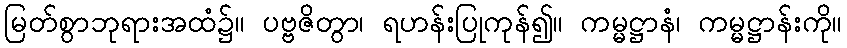
မြတ်စွာဘုရားအထံ၌။ ပဗ္ဗဇိတွာ၊ ရဟန်းပြုကုန်၍။ ကမ္မဋ္ဌာနံ၊ ကမ္မဋ္ဌာန်းကို။